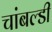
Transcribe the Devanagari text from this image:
चांबल्डी